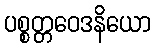
ပစ္စတ္တဝေဒနိယော